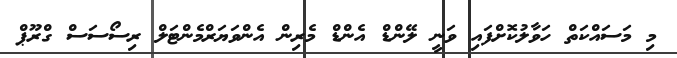
މި މަސައްކަތް ހަވާލުކޮށްފައި ވަނީ ލޭންޑް އެންޑް މެރިން އެންވަޔަރްމެންޓަލް ރިސޯސަސް ގްރޫޕް